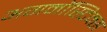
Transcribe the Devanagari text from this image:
अगनॉस्टिक्स